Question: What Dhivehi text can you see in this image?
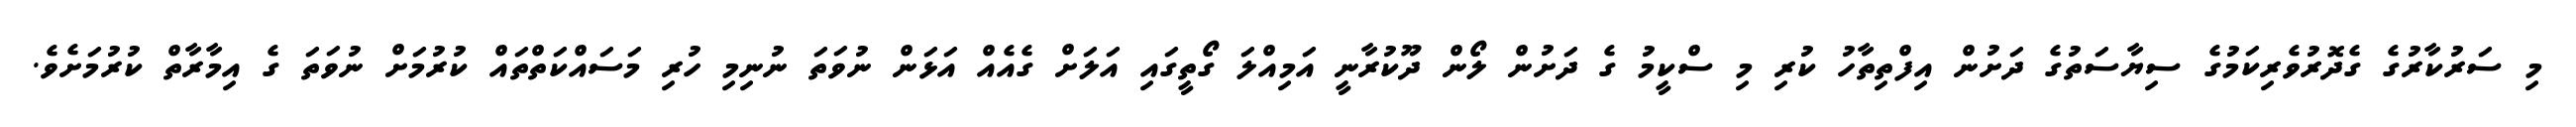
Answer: މި ސަރުކާރުގެ ގެދޮރުވެރިކަމުގެ ސިޔާސަތުގެ ދަށުން އިފްތިތާހު ކުރި މި ސްކީމު ގެ ދަށުން ލޯން ދޫކުރާނީ އަމިއްލަ ގޯތީގައި އަލަށް ގެއެއް އަޅަން ނުވަތަ ނުނިމި ހުރި މަސައްކަތްތައް ކުރުމަށް ނުވަތަ ގެ އިމާރާތް ކުރުމަށެވެ.